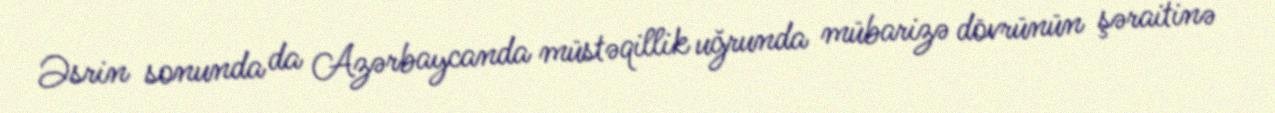
Əsrin sonunda da Azərbaycanda müstəqillik uğrunda mübarizə dövrünün şəraitinə